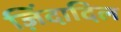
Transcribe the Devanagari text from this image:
ज़िंदादिल